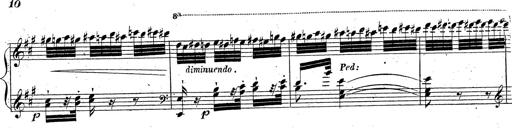
Title: Grande fantaisie sur la tyrolienne de l'opÃ©ra
Composer: Franz Liszt
Key: A major